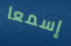
إسمعا